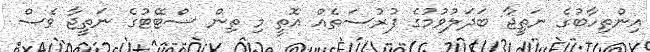
އިންތިހާބުގެ ނަތީޖާ ބަދަލުވުމުގެ ފުރުސަތެއް އޮތީ މި ތިން ސްޓޭޓުގެ ނަތީޖާ ވެސް